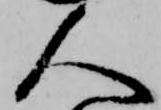
人